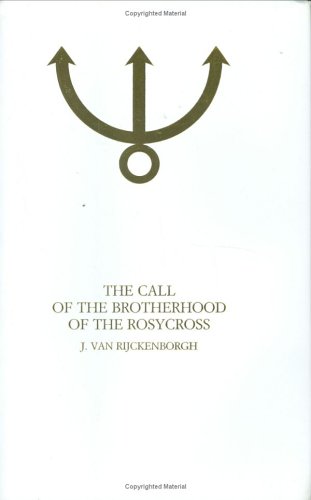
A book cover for The Call of the Brotherhood of the Rosycross; J. van Rijckenborgh; Religion & Spirituality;